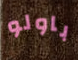
باولو